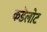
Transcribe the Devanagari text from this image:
कडॆलोट